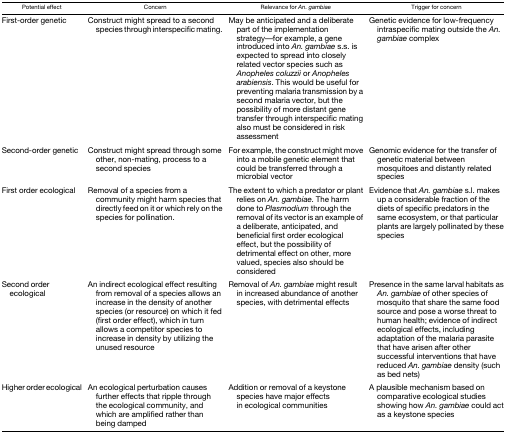
| Potential effect | Concern | Relevance for An. gambiae | Trigger for concern |
 | --- | --- | --- | --- |
 | First-order genetic | Construct might spread to a second species through interspecific mating. | May be anticipated and a deliberate part of the implementation strategy—for example, a gene introduced into An. gambiae s.s. is expected to spread into closely related vector species such as Anopheles coluzzii or Anopheles arabiensis. This would be useful for preventing malaria transmission by a second malaria vector, but the possibility of more distant gene transfer through interspecific mating also must be considered in risk assessment | Genetic evidence for low-frequency intraspecific mating outside the An. gambiae complex |
 | Second-order genetic | Construct might spread through some other, non-mating, process to a second species | For example, the construct might move into a mobile genetic element that could be transferred through a microbial vector | Genomic evidence for the transfer of genetic material between mosquitoes and distantly related species |
 | First order ecological | Removal of a species from a community might harm species that directly feed on it or which rely on the species for pollination. | The extent to which a predator or plant relies on An. gambiae. The harm done to Plasmodium through the removal of its vector is an example of a deliberate, anticipated, and beneficial first order ecological effect, but the possibility of detrimental effect on other, more valued, species also should be considered | Evidence that An. gambiae s.l. makes up a considerable fraction of the diets of specific predators in the same ecosystem, or that particular plants are largely pollinated by these species |
 | Second order ecological | An indirect ecological effect resulting from removal of a species allows an increase in the density of another species (or resource) on which it fed (first order effect), which in turn allows a competitor species to increase in density by utilizing the unused resource | Removal of An. gambiae might result in increased abundance of another species, with detrimental effects | Presence in the same larval habitats as An. gambiae of other species of mosquito that share the same food source and pose a worse threat to human health; evidence of indirect ecological effects, including adaptation of the malaria parasite that have arisen after other successful interventions that have reduced An. gambiae density (such as bed nets) |
 | Higher order ecological | An ecological perturbation causes further effects that ripple through the ecological community, and which are amplified rather than being damped | Addition or removal of a keystone species have major effects in ecological communities | A plausible mechanism based on comparative ecological studies showing how An. gambiae could act as a keystone species |